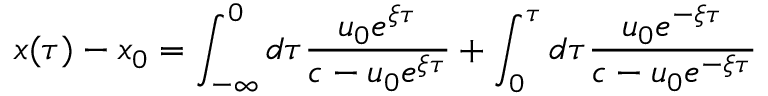
x ( \tau ) - x _ { 0 } = \int _ { - \infty } ^ { 0 } d \tau \frac { u _ { 0 } e ^ { \xi \tau } } { c - u _ { 0 } e ^ { \xi \tau } } + \int _ { 0 } ^ { \tau } d \tau \frac { u _ { 0 } e ^ { - \xi \tau } } { c - u _ { 0 } e ^ { - \xi \tau } }